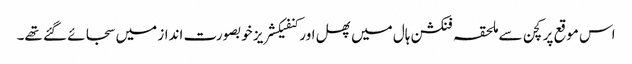
اس موقع پر کچن سے ملحقہ فنکشن ہال میں پھل اور کنفیکشریز خوبصورت انداز میں سجائے گئے تھے۔